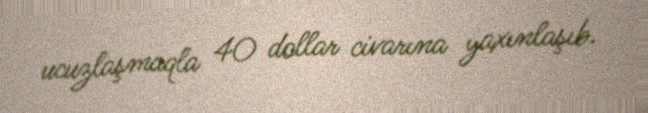
ucuzlaşmaqla 40 dollar civarına yaxınlaşıb.